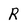
Character: R